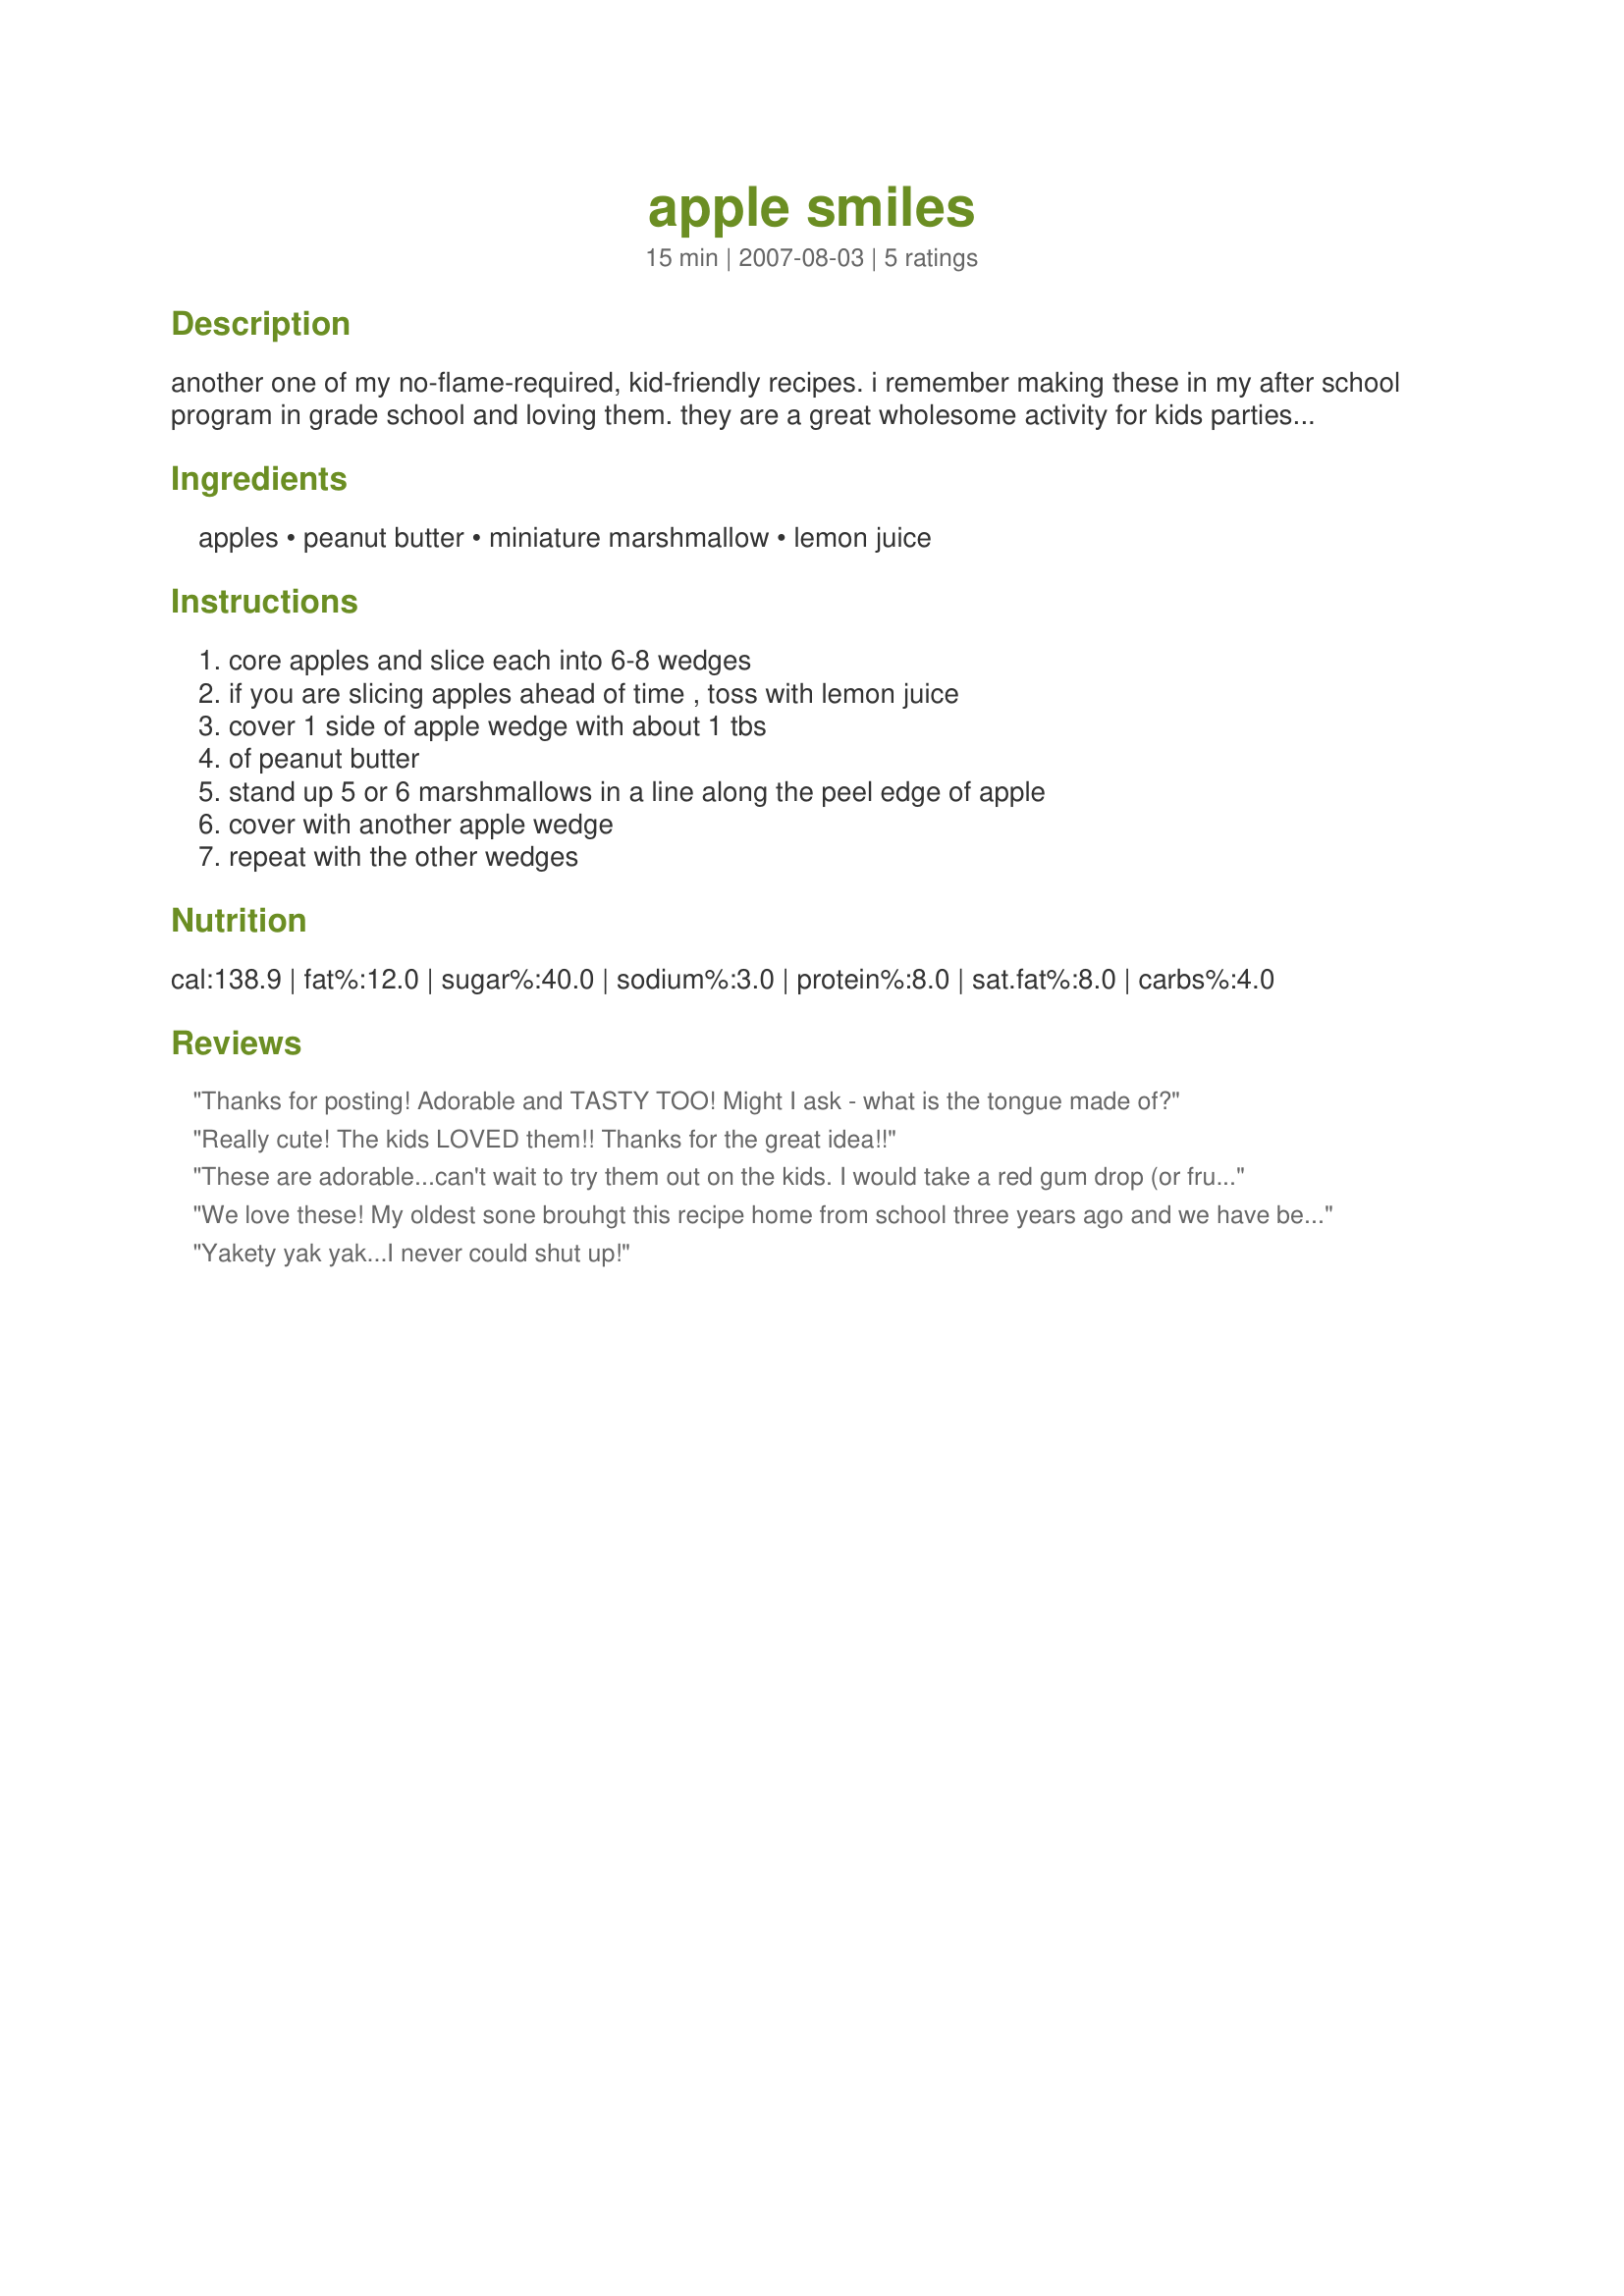
apple smiles
Preparation time: 15 minutes

another one of my no-flame-required, kid-friendly recipes. i remember making these in my after school program in grade school and loving them. they are a great wholesome activity for kids parties...just make sure an adult slices the apples. my favorite apples to use are pink lady because the tart flavor is a nice compliment to the peanut butter. for a healthier variation, use cubed slightly green bananas instead of marshmallows...ripe bananas may be mushy. if you are worried about peanut butter allergies, substitute cashew nut butter as it is far less common to be allergic to.

Ingredients:
apples, peanut butter, miniature marshmallow, lemon juice

Steps:
core apples and slice each into 6-8 wedges, if you are slicing apples ahead of time , toss with lemon juice, cover 1 side of apple wedge with about 1 tbs, of peanut butter, stand up 5 or 6 marshmallows in a line along the peel edge of apple, cover with another apple wedge, repeat with the other wedges

Reviews:
Thanks for posting! Adorable and TASTY TOO! Might I ask - what is the tongue made of?
Really cute! The kids LOVED them!!
Thanks for the great idea!!
These are adorable...can't wait to try them out on the kids. I would take a red gum drop (or fruit snack maybe) and roll it flat with a rolling pin for the tongue, would that work? Very cute!
We love these! My oldest sone brouhgt this recipe home from school three years ago and we have been making them ever since! Thanks for posting (saved me from doing it!) I added a baby carrot cut lenght wise for the tounge.
Yakety yak yak...I never could shut up!
